Tartu_pedagoogiumi_aruanded, lk 2
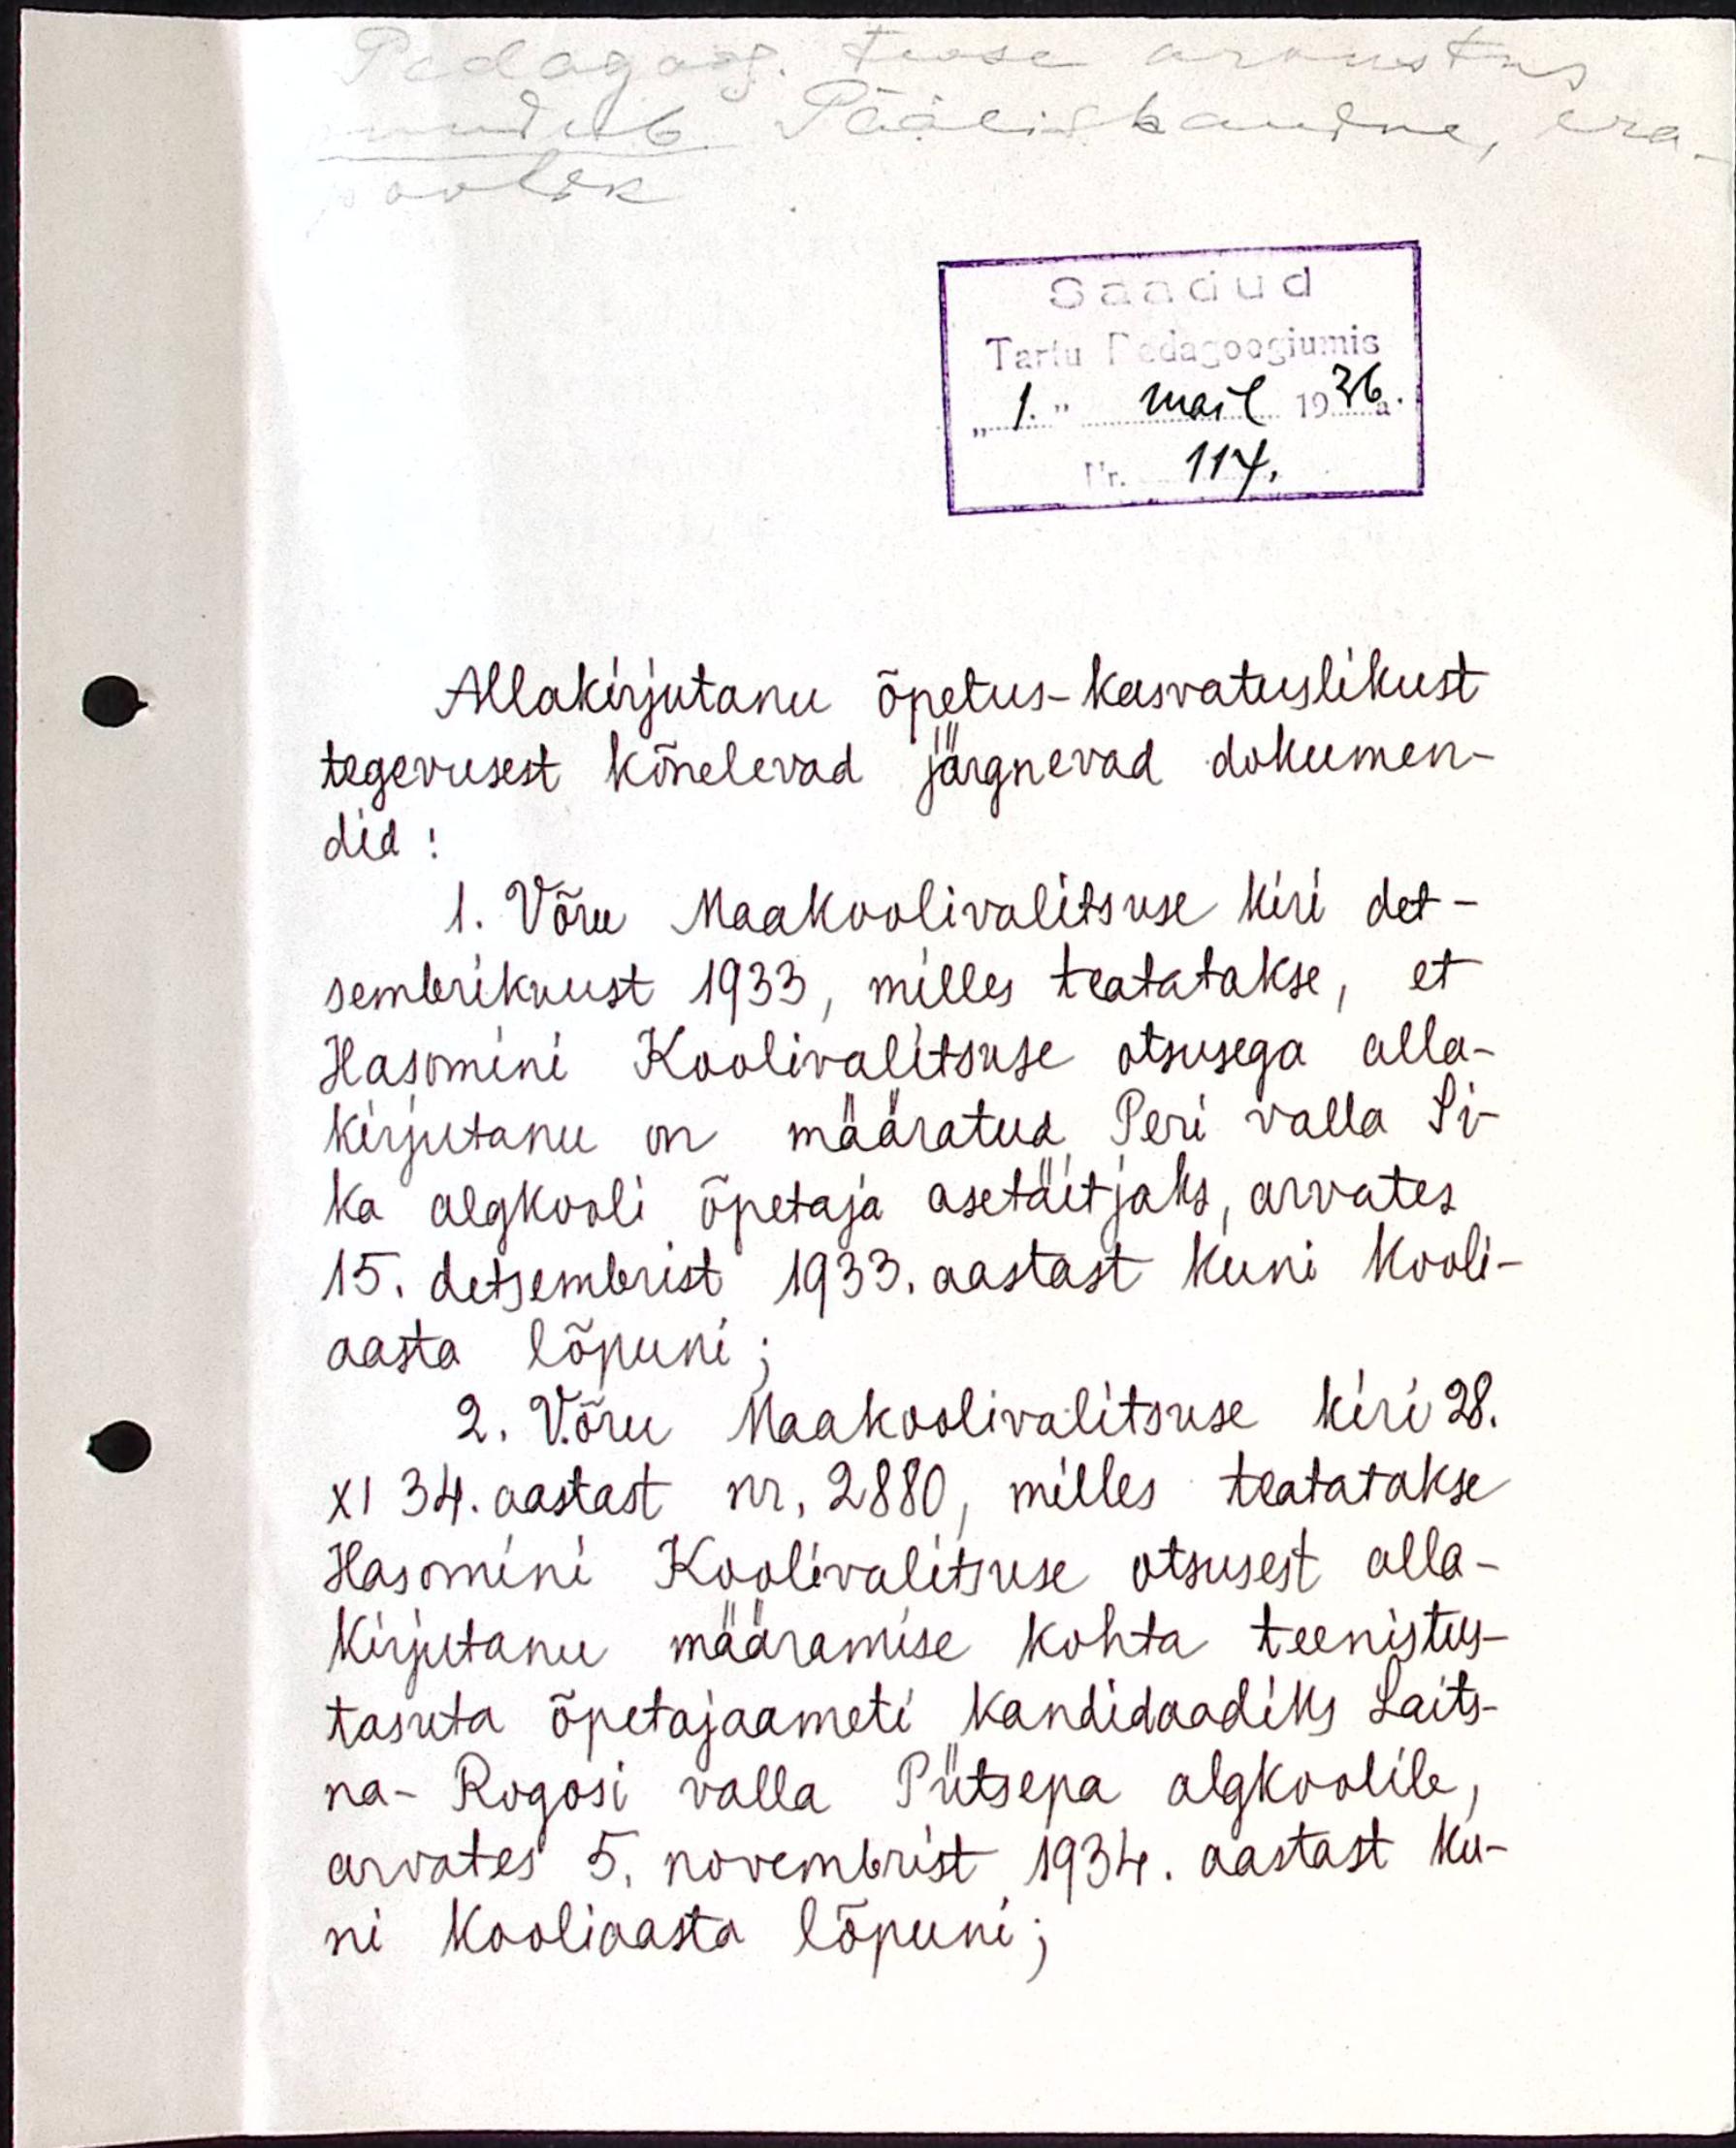
Allakirjutanu õpetus-kasvatuslikust
tegevusest kõnelevad järgnevad dokumen-
did:
1. Võru Maakoolivalitsuse kiri det-
sembrikuust 1933, milles teatatakse, et
Hasomini Koolivalitsuse otsusega alla-
kirjutanu on määratud Peri valla Si-
ka algkooli õpetaja asetäitjaks, arvates
15. detsembrist 1933. aastast kuni kooli-
aasta lõpuni;
2. Võru Maakoolivalitsuse kiri 28.
XI 34. aastast nr. 2880, milles teatatakse
Hasomini Koolivalitsuse otsusest alla-
kirjutanu määramise kohta teenistus-
tasuta õpetajaameti kandidaadiks Laits-
na - Rogosi valla Pütsepa algkoolile,
arvates 5. novembrist 1934. aastast ku-
ni kooliaasta lõpuni;